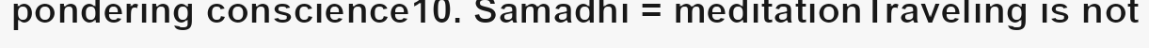
pondering conscience10. Samadhi = meditationTraveling is not